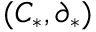
( C _ { * } , \partial _ { * } )